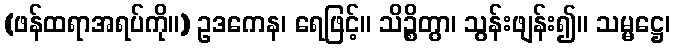
(ဖန်ထရာအရပ်ကို။) ဥဒကေန၊ ရေဖြင့်။ သိဉ္စိတွာ၊ သွန်းဖျန်း၍။ သမ္မဋ္ဌေ၊